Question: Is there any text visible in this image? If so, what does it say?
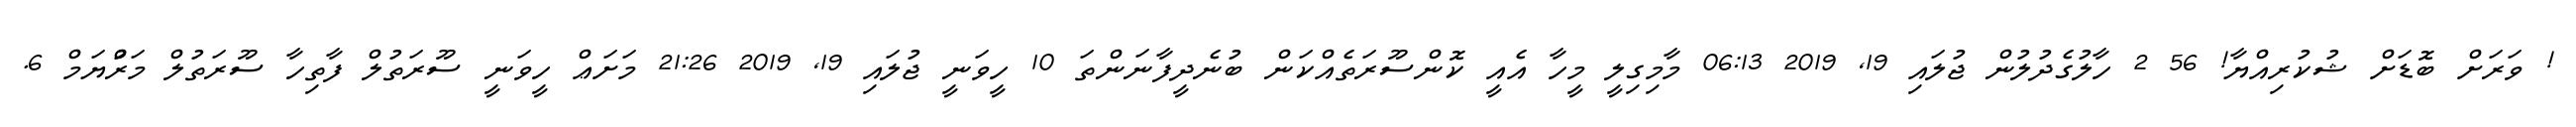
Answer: ! ވަރަށް ބޮޑަށް ޝުކުރިއްޔާ! 56 2 ހާލުގެދުލުން ޖުލައި 19, 2019 06:13 މާމިގިލީ މީހާ އެއީ ކޮންސޫރަތެއްކަން ބުނެދީފާނަންތަ 10 ހީވަނީ ޖުލައި 19, 2019 21:26 މަށަޢް ހީވަނީ ސޫރަތުލް ފާތިހާ ސޫރަތުލް މަރްުޔަމް 6.